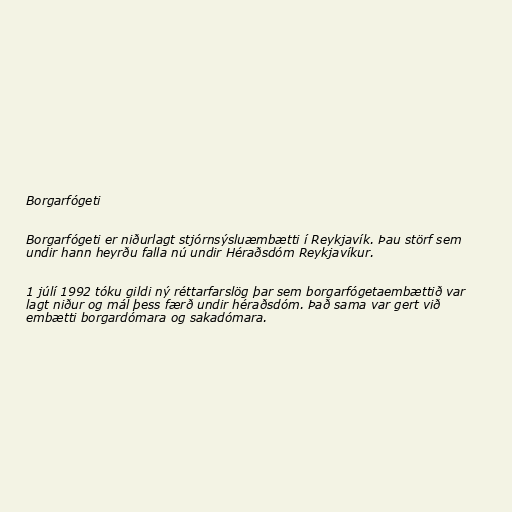
Borgarfógeti

Borgarfógeti er niðurlagt stjórnsýsluæmbætti í Reykjavík. Þau störf sem
undir hann heyrðu falla nú undir Héraðsdóm Reykjavíkur.

1 júlí 1992 tóku gildi ný réttarfarslög þar sem borgarfógetaembættið var
lagt niður og mál þess færð undir héraðsdóm. Það sama var gert við
embætti borgardómara og sakadómara.